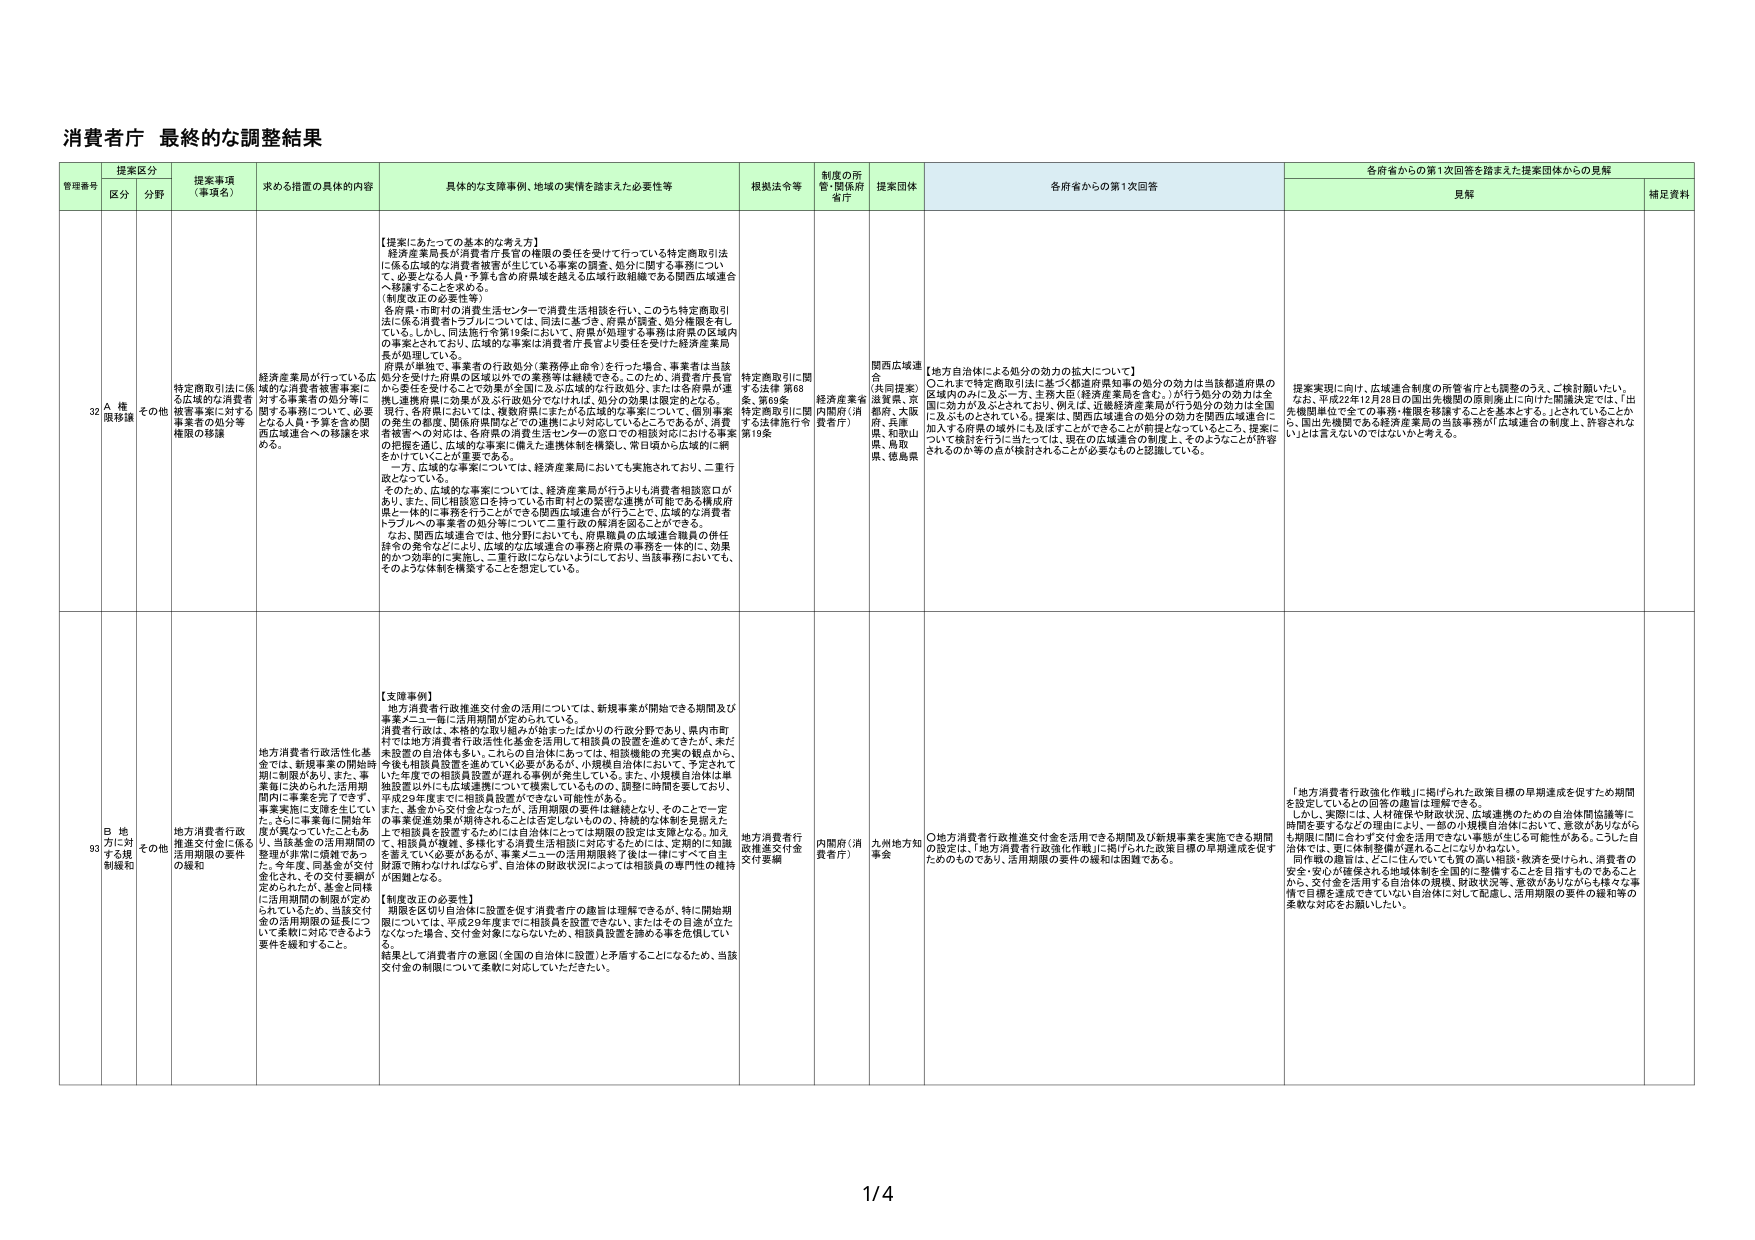
消費者庁 最終的な調整結果

管理番号 提案区分 提案事項（事項名） 求める措置の具体的内容 具体的な支援事例、地域の実情を踏まえた必要性等 根拠法令等 制度の所管・関係府省庁 提案団体 各府省からの第1次回答 各府省からの第1次回答を踏まえた提案団体からの見解
区分 分野 見解 補足資料

32 A 権限移譲 その他 特定商取引法に係る広域的な消費者被害事案に対する必要となる人員・予算も含めた関西広域連合への移譲を求める。 経済産業局が行っている広域的な消費者被害事案に対する事業者の処分等に関する事項について、必要となる人員・予算を含めた関西広域連合への移譲を求める。 【提案にあたっての基本的な考え方】 経済産業局長が消費者庁長官の権限の委任を受けて行っている特定商取引法に係る広域的な消費者被害が生じている事案の調査、処分に関する事務について、必要となる人員・予算も含めた府県域を越える広域行政組織である関西広域連合へ移譲することを求める。（制度改正の必要性等） 各府県・市町村の消費生活センターで消費生活相談を行い、このうち特定商取引法に係る消費者トラブルについては、同法に基づき、府県が調査、処分権限を有している。しかし、同法施行令第19条において、府県が処理する事務は府県の区域内の事案とされており、広域的な事案は消費者庁長官より委任を受けた経済産業局長が処理している。 府県が単独で、事業者の行政処分（業務停止命令）を行った場合、事業者は当該処分を受けた府県の区域以外での業務等は継続できる。このため、消費者庁長官から委任を受けることで効果が全国に及ぶ広域的な行政処分、または各府県が連携し連携府県に効果が及ぶ行政処分ではなければ、処分の効果は限定的となる。 現行、各府県においては、複数府県にまたがる広域的な事案について、個別事案の発生の都度、関係府県間などでの連携により対応しているところであるが、消費被害者への対応は、各府県の消費生活センターの窓口での相談対応における事案の把握を通じ、広域的な事案に備えた連携体制を構築し、常日頃から広域的に網をかけていくことが重要である。 一方、広域的な事案については、経済産業局においても実施されており、二重行政となっている。 そのため、広域的な事案については、経済産業局が行うよりも消費者相談窓口があり、また、同じ相談窓口を持っている市町村との緊密な連携が可能である構成府県と一体的に事務を行うことができる関西広域連合が行うことで、広域的な消費者トラブルへの事業者の処分等について二重行政の解消を図ることができる。 なお、関西広域連合では、他分野においても、府県職員の広域連合職員の併任ほかの発令などにより、広域的な広域連合の事務と府県の事務を一体的に、効果的かつ効率的に実施し、二重行政にならないようにしており、当該事務においても、そのような体制を構築することを想定している。 特定商取引に関する法律 第68条、第69条 特定商取引に関する法律施行令 第19条 経済産業省 内閣府（消費者庁） 関西広域連合 （共同提案） 滋賀県、京都府、大阪府、兵庫県、和歌山県、鳥取県、徳島県 【地方自治体による処分の効力の拡大について】 ○これまで特定商取引法に基づく都道府県知事の処分の効力は当該都道府県の区域内のみに及ぶ一方、業務大臣（経済産業局長を含む）が行う処分の効力は全国に効力が及ぶとされており、例えば、近畿経済産業局が行う処分の効力は全国に及ぶものとされている。提案は、関西広域連合の処分の効力を関西広域連合に加入する府県の域外にも及ぼすことができることが前提となっていること、提案について検討を行うに当たっては、現在の広域連合の制度上、そのようなことが許容されるのか等の点が検討されることが必要なものと認識している。 提案実現に向け、広域連合制度の所管省庁とも調整のうえ、ご検討願いたい。 なお、平成22年12月28日の国出先機関の原則廃止に向けた閣議決定では、「出先機関単位で全ての事務・権限を移譲することを基本とする。」とされていることから、国出先機関である経済産業局の当該事務が「広域連合の制度上、許容されない」とは言えないのではないかと考える。

93 B 地方に対する規制緩和 その他 地方消費者行政推進交付金に係る活用期間の要件の緩和 地方消費者行政活性化基金では、新規事業の開始時期に制限があり、また、事業毎に決められた活用期間内に事業を完了できず、事業実施に支障を生じていた。さらに事業毎に開始年度が異なっていたこともあり、当該基金の活用期間の整理が非常に煩雑であった。今年度、同基金が交付金化され、その交付要綱が定められたが、基金と同様に活用期間の制限が定められているため、当該交付金の活用期間の延長について柔軟に対応できるよう要件を緩和すること。 【支援事例】 地方消費者行政推進交付金の活用については、新規事業が開始できる期間及び事業メニュー毎に活用期間が定められている。 消費者行政は、本格的な取り組みが始まったばかりの行政分野であり、県内市町村では地方消費者行政活性化基金を活用して相談員の設置を進めてきたが、未だ未設置の自治体も多い。これらの自治体にあっては、相談機能の充実の観点から、今後も相談員設置を進めていく必要があるが、小規模自治体において、予定されていた年度での相談員設置が遅れる事例が発生している。また、小規模自治体は単独設置以外にも広域連携について模索しているものの、調整に時間を要しており、平成29年度までに相談員設置ができにくい可能性がある。 また、基金から交付金となったが、活用期限の要件は継続となり、そのことで一定の事業促進効果が期待されることは否定し得ないものの、特繊的な体制を見据えた上で相談員を設置するためには自治体にとっては期限の設定は支障となる。加えて、相談員が複数、多様な予算を活用する体制に対応するためには、定期的に知識を蓄えていく必要があるが、事業メニューの活用期限終了後は一律にすべて自主財源で賄わなければならず、自治体の財政状況によっては相談員の専門性の維持が困難となる。 【制度改正の必要性】 期限を区切り自治体に設置を促す消費者庁の趣旨は理解できるが、特に開始期限については、平成29年度までに相談員を設置できない、またはその目途が立たなくなった場合、交付金対象にならないため、相談員設置を諦める事を危惧している。 結果として消費者庁の意図（全国の自治体に設置）と矛盾することになるため、当該交付金の制限について柔軟に対応していただきたい。 地方消費者行政推進交付金交付要綱 内閣府（消費者庁） 九州地方知事会 ○地方消費者行政推進交付金を活用できる期間及び新規事業を実施できる期間の設定は、「地方消費者行政強化作戦」に掲げられた政策目標の早期達成を促すためのものであり、活用期限の要件の緩和は困難である。 「地方消費者行政強化作戦」に掲げられた政策目標の早期達成を促すための期間を設定しているとの回答の趣旨は理解できる。 しかし、実際には、人材確保や財政状況、広域連携のための自治体間協議等に時間を要するなどの理由により、一部の小規模自治体において、意欲が多分ながらも期限に間に合わず交付金を活用できない事態が生じる可能性がある。こうした自治体では、更に体制整備が遅れることになりかねない。 同作戦の趣旨は、どこに住んでいても質の高い相談・救済を受けられ、消費者の安全・安心が確保される地域体制を全国的に整備することを目指すものであることから、交付金を活用する自治体の規模、財政状況等、意欲がありながらも様々な事情で目標を達成できていない自治体に対して配慮し、活用期限の要件の緩和等の柔軟な対応をお願いしたい。

1/4